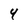
Character: 4